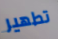
تطهير